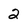
Character: 2